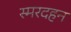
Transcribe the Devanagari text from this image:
स्मरदहन